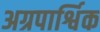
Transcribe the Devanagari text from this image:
अग्रपार्श्विक